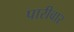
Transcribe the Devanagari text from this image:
पारीवार